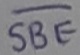
Text: SBE